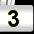
Digit: 3